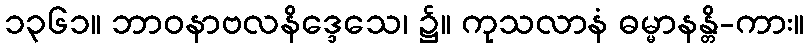
၁၃၆၁။ ဘာဝနာဗလနိဒ္ဒေသေ၊ ၌။ ကုသလာနံ ဓမ္မာနန္တိ-ကား။